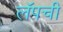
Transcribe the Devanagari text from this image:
लॅपची